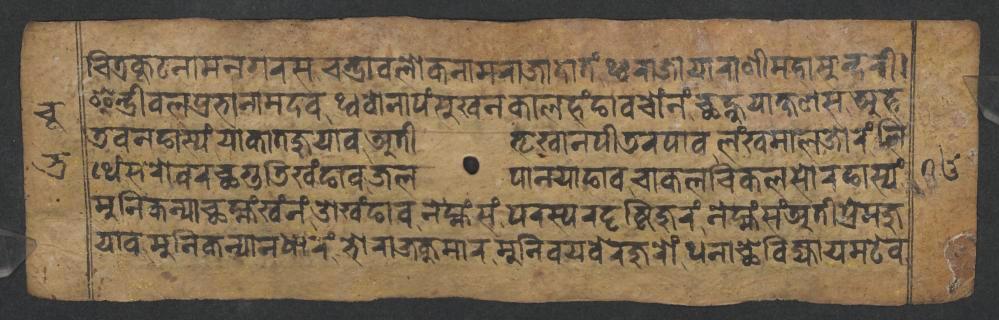
𑐔𑐶𑐟𑑂𑐬𑐎𑐹𑐚𑐣𑐵𑐩𑐣𑐐𑐬𑐳𑐔𑐣𑑂𑐡𑑂𑐬𑐵𑐰𑐮𑑀𑐎𑐣𑐵𑐩𑐬𑐵𑐖𑐵𑐡𑐵𑐟𑑄𑐠𑑂𑐰𑐬𑐵𑐖𑐵𑐫𑐵𑐬𑐵𑐞𑐷𑐩𑐴𑐵𑐳𑐸𑐣𑑂𑐡𑐬𑐷𑑋 𑐂𑐣𑑂𑐡𑑂𑐬𑐷𑐰𑐮𑐥𑑂𑐬𑐨𑐵𑐣𑐵𑐩𑐡𑐰𑐠𑑂𑐰𑐰𑑀𑐣𑐵𑐥𑑄𑐳𑐸𑐏𑐣𑐎𑐵𑐮𑐴𑑄𑐒𑐵𑐰𑐔𑑀𑑄𑐣𑑄𑐕𑐣𑑂𑐴𑐸𑐫𑐵𑐎𑑂𑐲𑐞𑐳𑐀𑐴 𑐜𑐰𑐣𑐒𑐵𑐳𑑂𑐫𑑄𑐫𑐵𑐎𑐵𑐟𑐖𑐸𑐫𑐵𑐰𑐀𑐟𑐷𑐨𑐺𑐏𑐵𑐣𑐥𑐷𑐜𑐬𑐥𑐵𑐰𑐮𑑄𑐏𑐩𑐵𑐮𑐖𑑀𑐬𑑄𑐮𑐶 𑐠𑐾𑑄𑐳𑐬𑑀𑐰𑐬𑐕𑐐𑐸𑐜𑐶𑐏𑑄𑐒𑐵𑐰𑐖𑐮𑐥𑐵𑐣𑐫𑐵𑐒𑐵𑐰𑐔𑐵𑐎𑐮𑐔𑐶𑐎𑐮𑐳𑑀𑐬𑐒𑐵𑐳𑑂𑐫𑑄 𑐩𑐸𑐣𑐶𑐎𑐣𑑂𑐫𑐵𑐕𑐩𑑂𑐴𑑄𑐏𑑄𑐣𑑄𑐌𑐏𑑄𑐒𑐵𑐰𑐣𑐾𑐩𑑂𑐴𑑄𑐳𑑄𑐥𑐬𑐳𑑂𑐥𑐬𑐡𑐺𑐲𑑂𑐚𑐶𑐖𑐸𑐬𑑄𑐣𑐾𑐩𑑂𑐴𑑄𑐳𑑄𑐀𑐟𑐷𑐥𑑂𑐬𑐾𑐩𑐖𑐸 𑐫𑐵𑐰𑐩𑐸𑐣𑐶𑐎𑐣𑑂𑐫𑐵𑐣𑐢𑐵𑐬𑑄𑐨𑑀𑐬𑐵𑐖𑐎𑐸𑐩𑐵𑐬𑐩𑐸𑐣𑐶𑐰𑐫𑐧𑐾𑐬𑐖𑐸𑐬𑑀𑑄𑐠𑐣𑐵𑐕𑐾𑐧𑐶𑐖𑑂𑐫𑐵𑐫𑐩𑐚𑐾𑐰